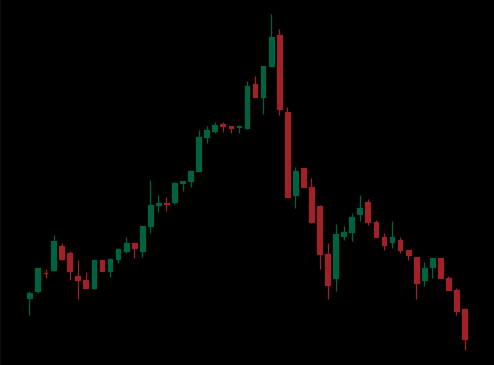
Pattern: head_shoulders